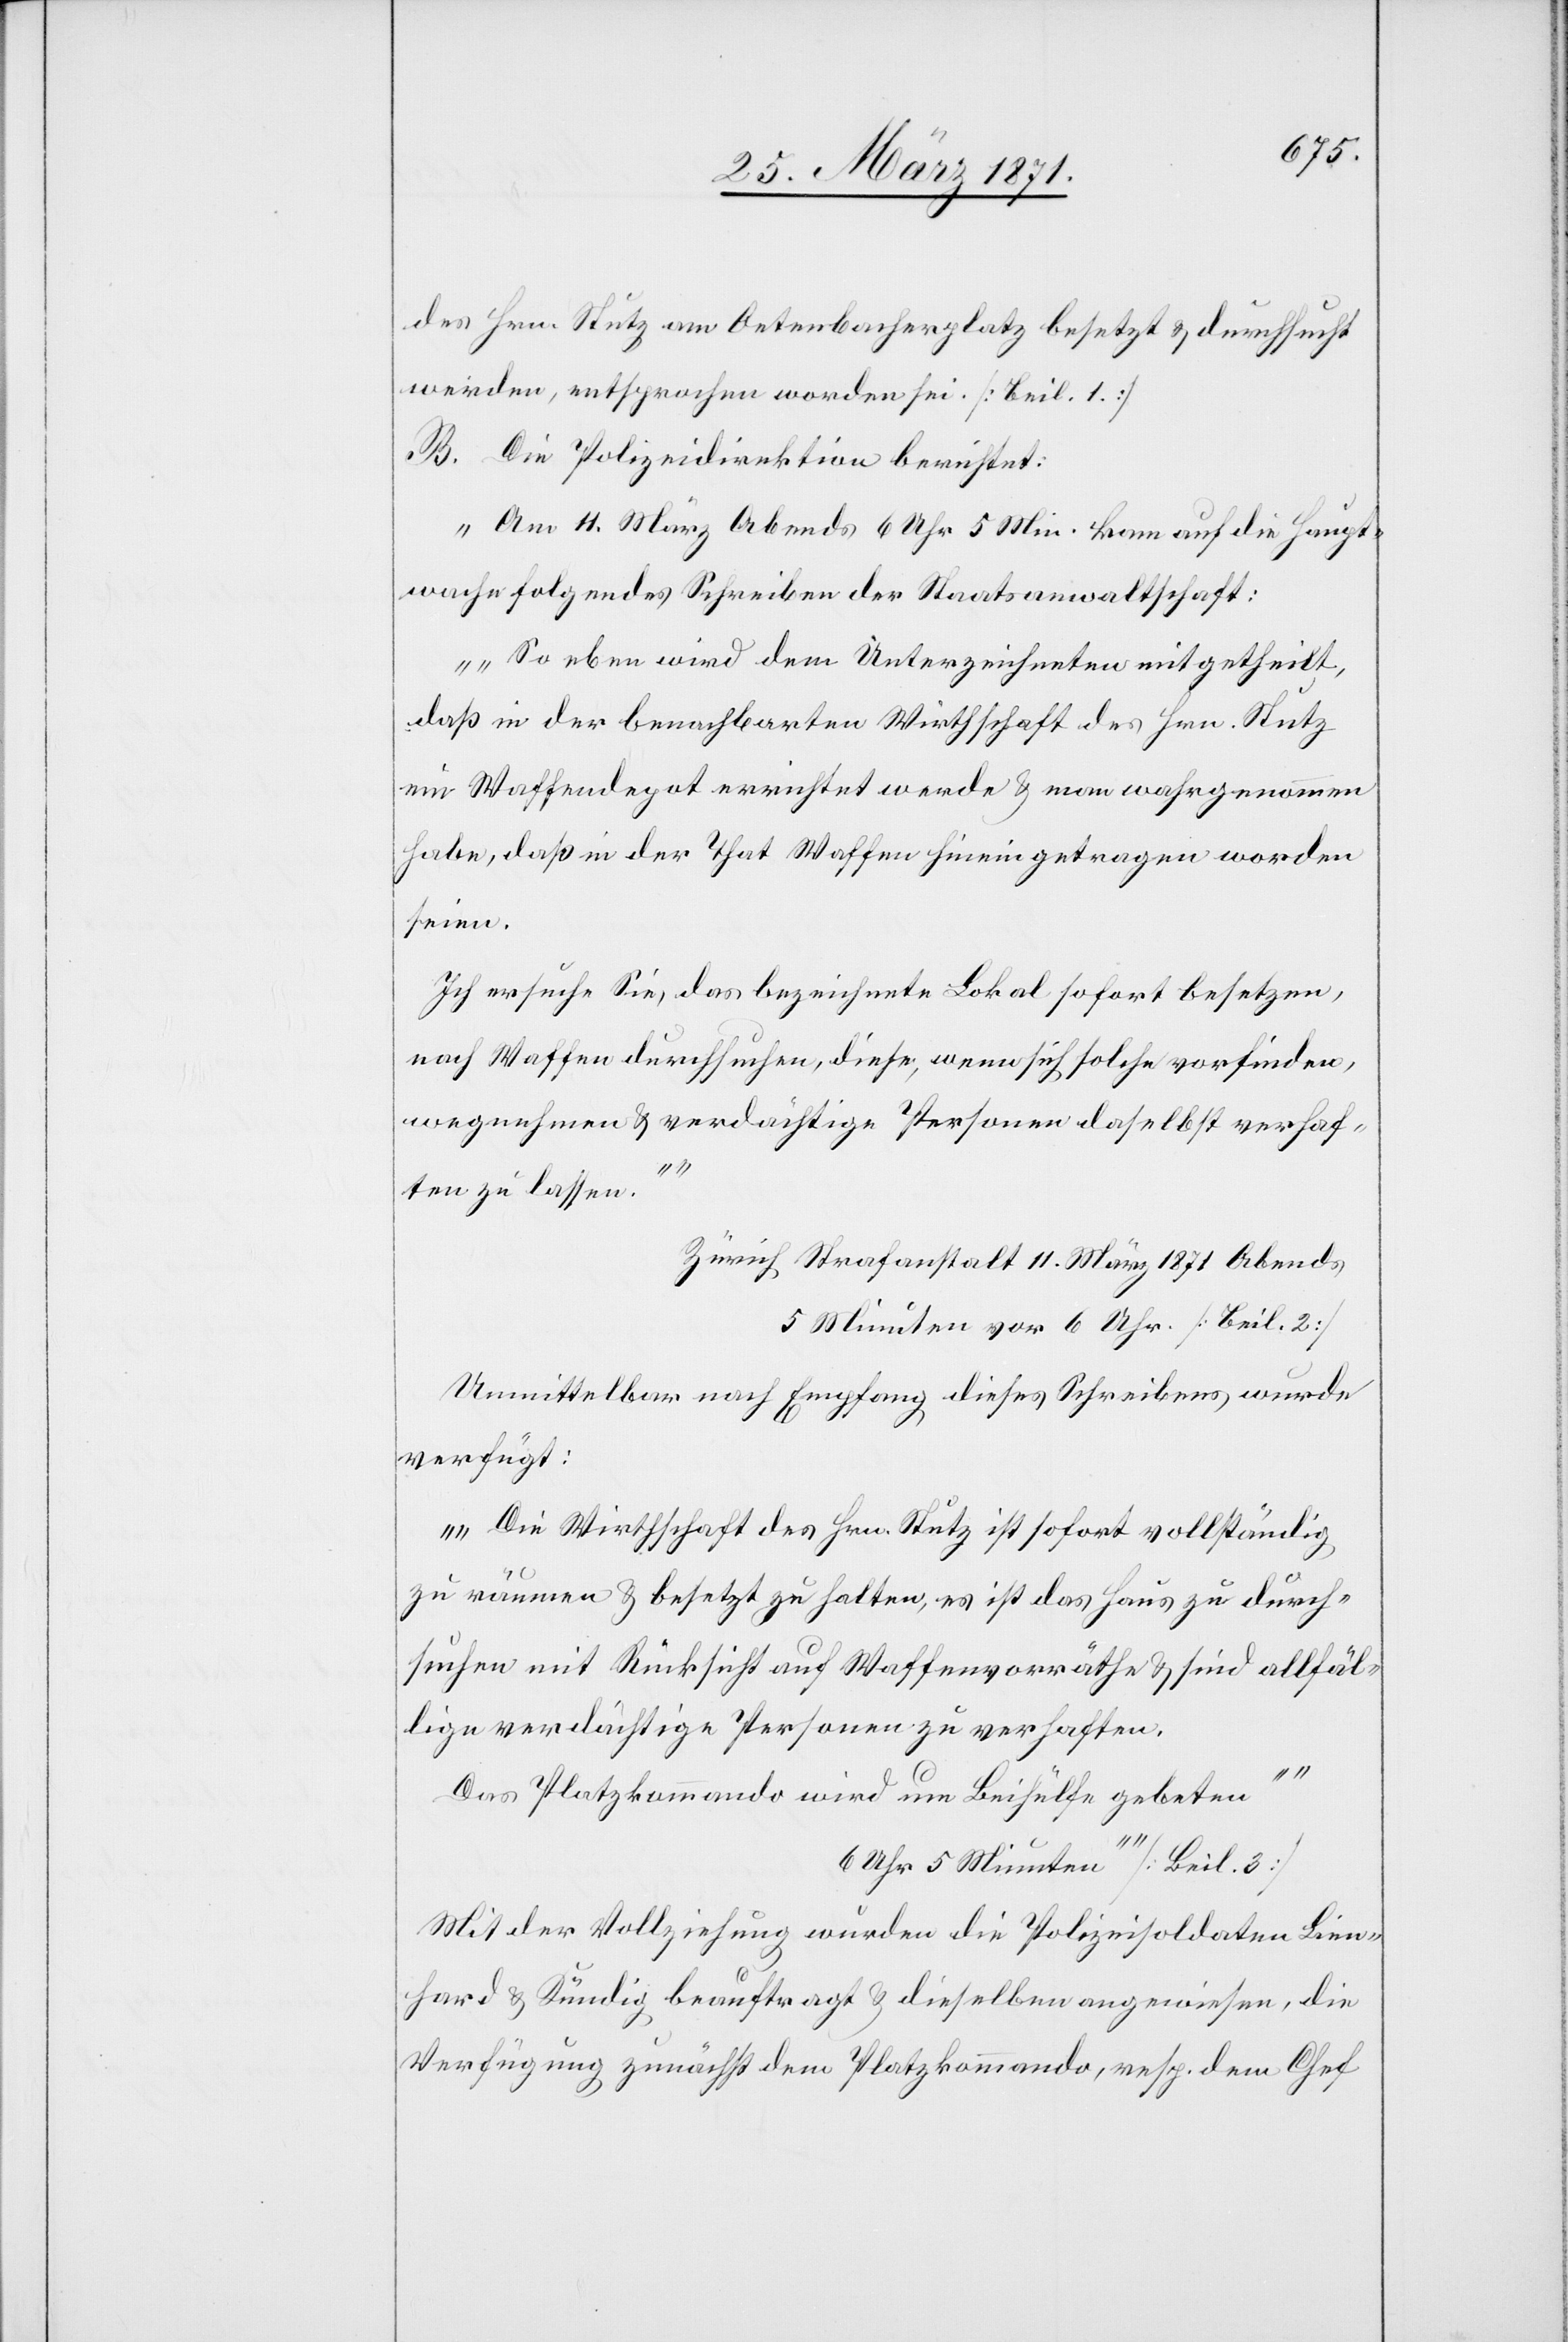
des Hrn. Stutz am Oetenbacherplatz besetzt u. durchsucht
werden, entsprochen worden sei. [Beil. 1]
B. Die Polizeidirektion berichtet:
„Am 11. März Abends 6 Uhr 5 Min. kam auf die Haupt¬
wache folgendes Schreiben der Staatsanwaltschaft:
„So eben wird dem Unterzeichneten mitgetheilt,
daß in der benachbarten Wirthschaft des Hrn. Stutz
ein Waffendepot errichtet werde u. man wahrgenommen
habe, daß in der That Waffen hineingetragen worden
seien.
Ich ersuche Sie, das bezeichnete Lokal sofort besetzen,
nach Waffen durchsuchen, diese, wenn sich solche vorfinden,
wegnehmen u. verdächtige Personen daselbst verhaf¬
ten zu lassen.“
Zürich Strafanstalt 11. März 1871, Abends
5 Minuten vor 6 Uhr. [Beil. 2]
Unmittelbar nach Empfang dieses Schreibens wurde
verfügt:
„Die Wirtschaft des Hrn. Stutz ist sofort vollständig
zu räumen u. besetzt zu halten, es ist das Haus zu durch¬
suchen mit Rücksicht auf Waffenvorräthe u. sind allfäl¬
lige verdächtige Personen zu verhaften.
Das Platzkommando wird um Beihülfe gebeten.“
6 Uhr 5 Minuten“ [Beil. 3]
Mit der Vollziehung wurden die Polizeisoldaten Lien¬
hard u. Kündig beauftragt u. dieselben angewiesen, die
Verfügung zunächst dem Platzkommando, resp. dem Chef